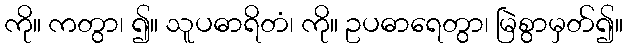
ကို။ ကတွာ၊ ၍။ သူပဓာရိတံ၊ ကို။ ဥပဓာရေတွာ၊ မြဲစွာမှတ်၍။